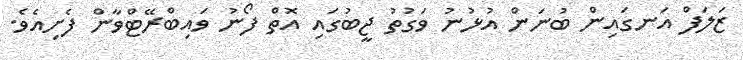
ޒަލަފް އަނގައިން ބުނަން އުޅުނު ވަގުތު ޖީބުގައި އޮތް ފޯނު ވައިބްރޭޓްވާން ފެށިއެވެ.